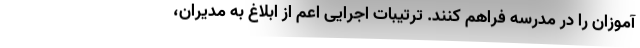
آموزان را در مدرسه فراهم کنند. ترتیبات اجرایی اعم از ابلاغ به مدیران،